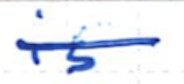
Text: is
Cross-out: single-line
Writing tool: ballpoint